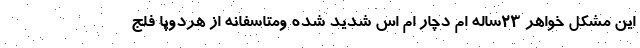
این مشکل خواهر 23ساله ام دچار ام اس شدید شده ومتاسفانه از هردوپا فلج